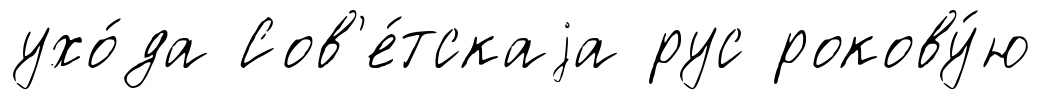
ухо́да Сов'е́тскаjа рус рокову́ю